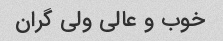
خوب و عالی ولی گران